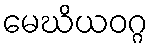
မေဃိယဝဂ္ဂ